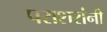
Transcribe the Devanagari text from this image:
पराशरांनी